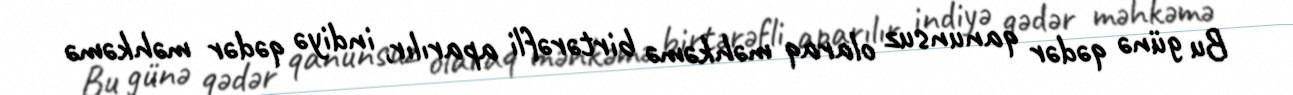
Bu günə qədər qanunsuz olaraq məhkəmə birtərəfli aparılır, indiyə qədər məhkəmə